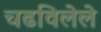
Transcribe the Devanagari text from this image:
चढविलेले